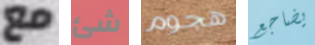
مع شئ هجوم يضاجع